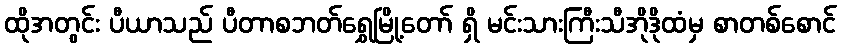
ထိုအတွင်း ပီယာသည် ပီတာစဘတ်ရွှေမြို့တော် ရှိ မင်းသားကြီးသီအိုဒိုထံမှ စာတစ်စောင်